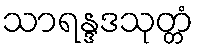
သာရန္ဒဒသုတ္တံ